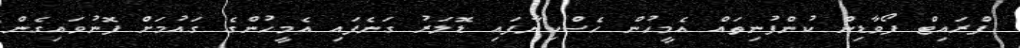
ފްރައިޓް ފޯވާޑިން ކުންފުނިތައް އެމީހުން ހެސްކިޔާފައި ޑޮލަރު ގަނެފައި އެމީހުންގެ ގައުމަށް ފޮނުވައިގެން